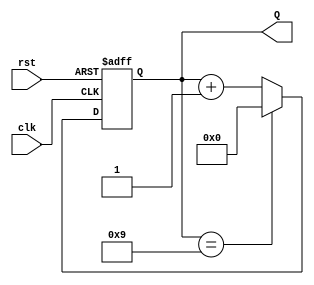
module decade_counter (
    input wire clk,       // Clock input
    input wire rst,       // Asynchronous reset input
    output reg [3:0] Q    // 4-bit output for count
);

// State transition logic
always @(posedge clk or posedge rst) begin
    if (rst) begin
        Q <= 4'b0000;      // Reset the counter to 0
    end else begin
        if (Q == 4'b1001) begin
            Q <= 4'b0000;  // Wrap around to 0 if count exceeds 9
        end else begin
            Q <= Q + 1;    // Increment the counter
        end
    end
end

endmodule